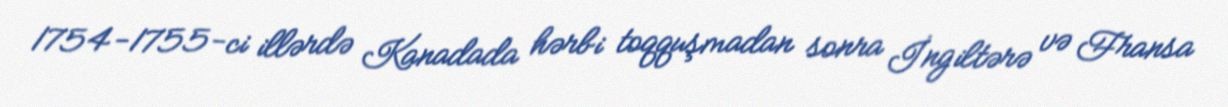
1754-1755-ci illərdə Kanadada hərbi toqquşmadan sonra İngiltərə və Fransa